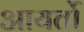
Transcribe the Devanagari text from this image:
आयर्तो